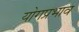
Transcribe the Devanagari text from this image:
योगप्रभाव